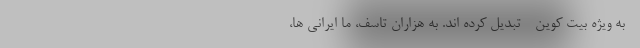
- به ویژه بیت کوین - تبدیل کرده اند. به هزاران تاسف، ما ایرانی ها،